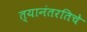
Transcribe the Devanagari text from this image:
त्यानंतरतिचे